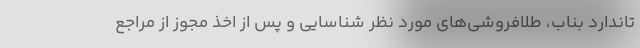
تاندارد بناب، طلافروشی‌های مورد نظر شناسایی و پس از اخذ مجوز از مراجع